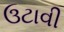
ઉટાવી